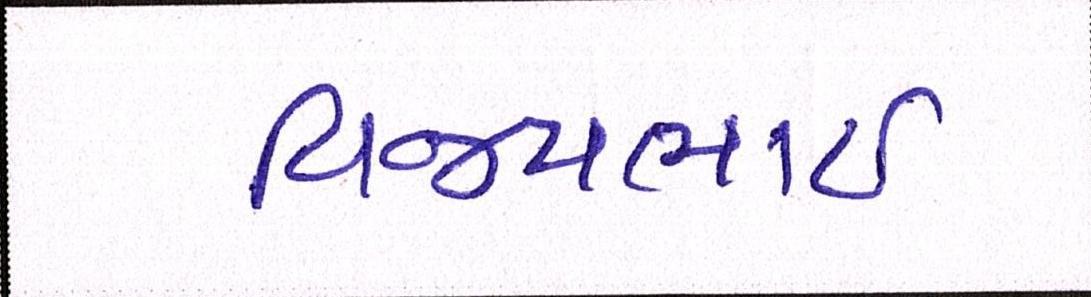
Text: વિજયભાઈ